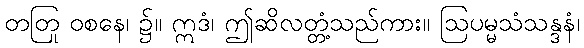
တတြ ဝစနေ၊ ၌။ ဣဒံ၊ ဤဆိုလတ္တံ့သည်ကား။ ဩပမ္မသံသန္ဒနံ၊